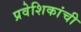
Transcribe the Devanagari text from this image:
प्रवेशिकांची